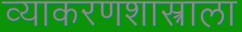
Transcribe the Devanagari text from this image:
व्याकरणशास्त्राला